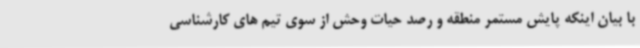
با بیان اینکه پایش مستمر منطقه و رصد حیات وحش از سوی تیم های کارشناسی